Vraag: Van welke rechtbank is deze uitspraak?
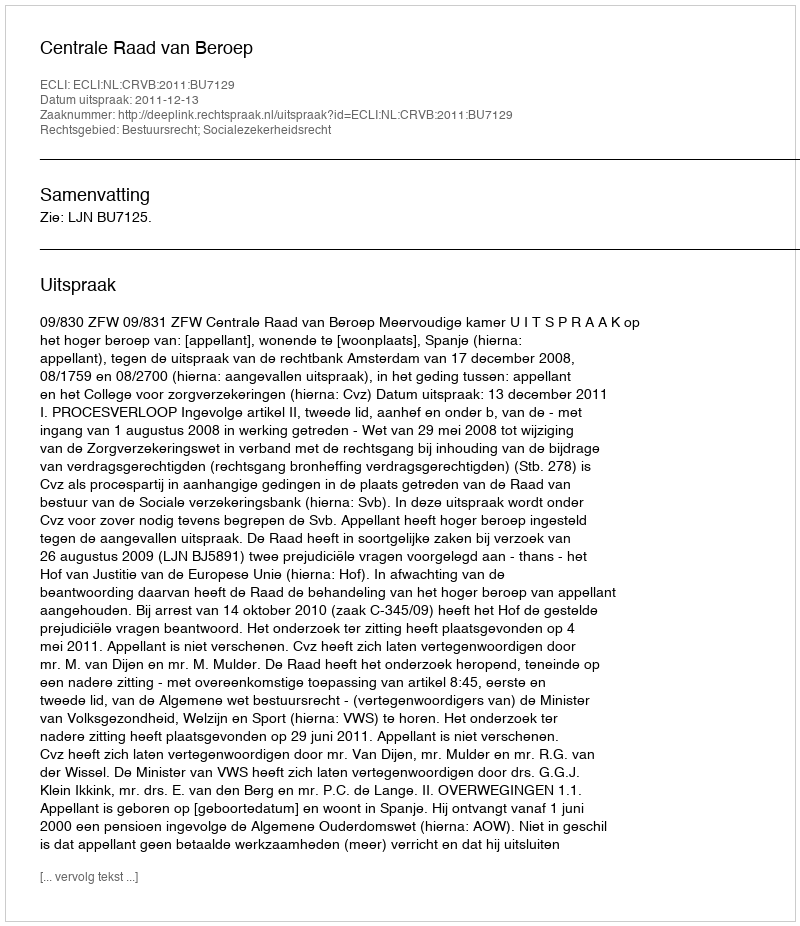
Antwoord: Centrale Raad van Beroep